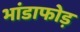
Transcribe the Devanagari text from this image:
भांडाफोड़